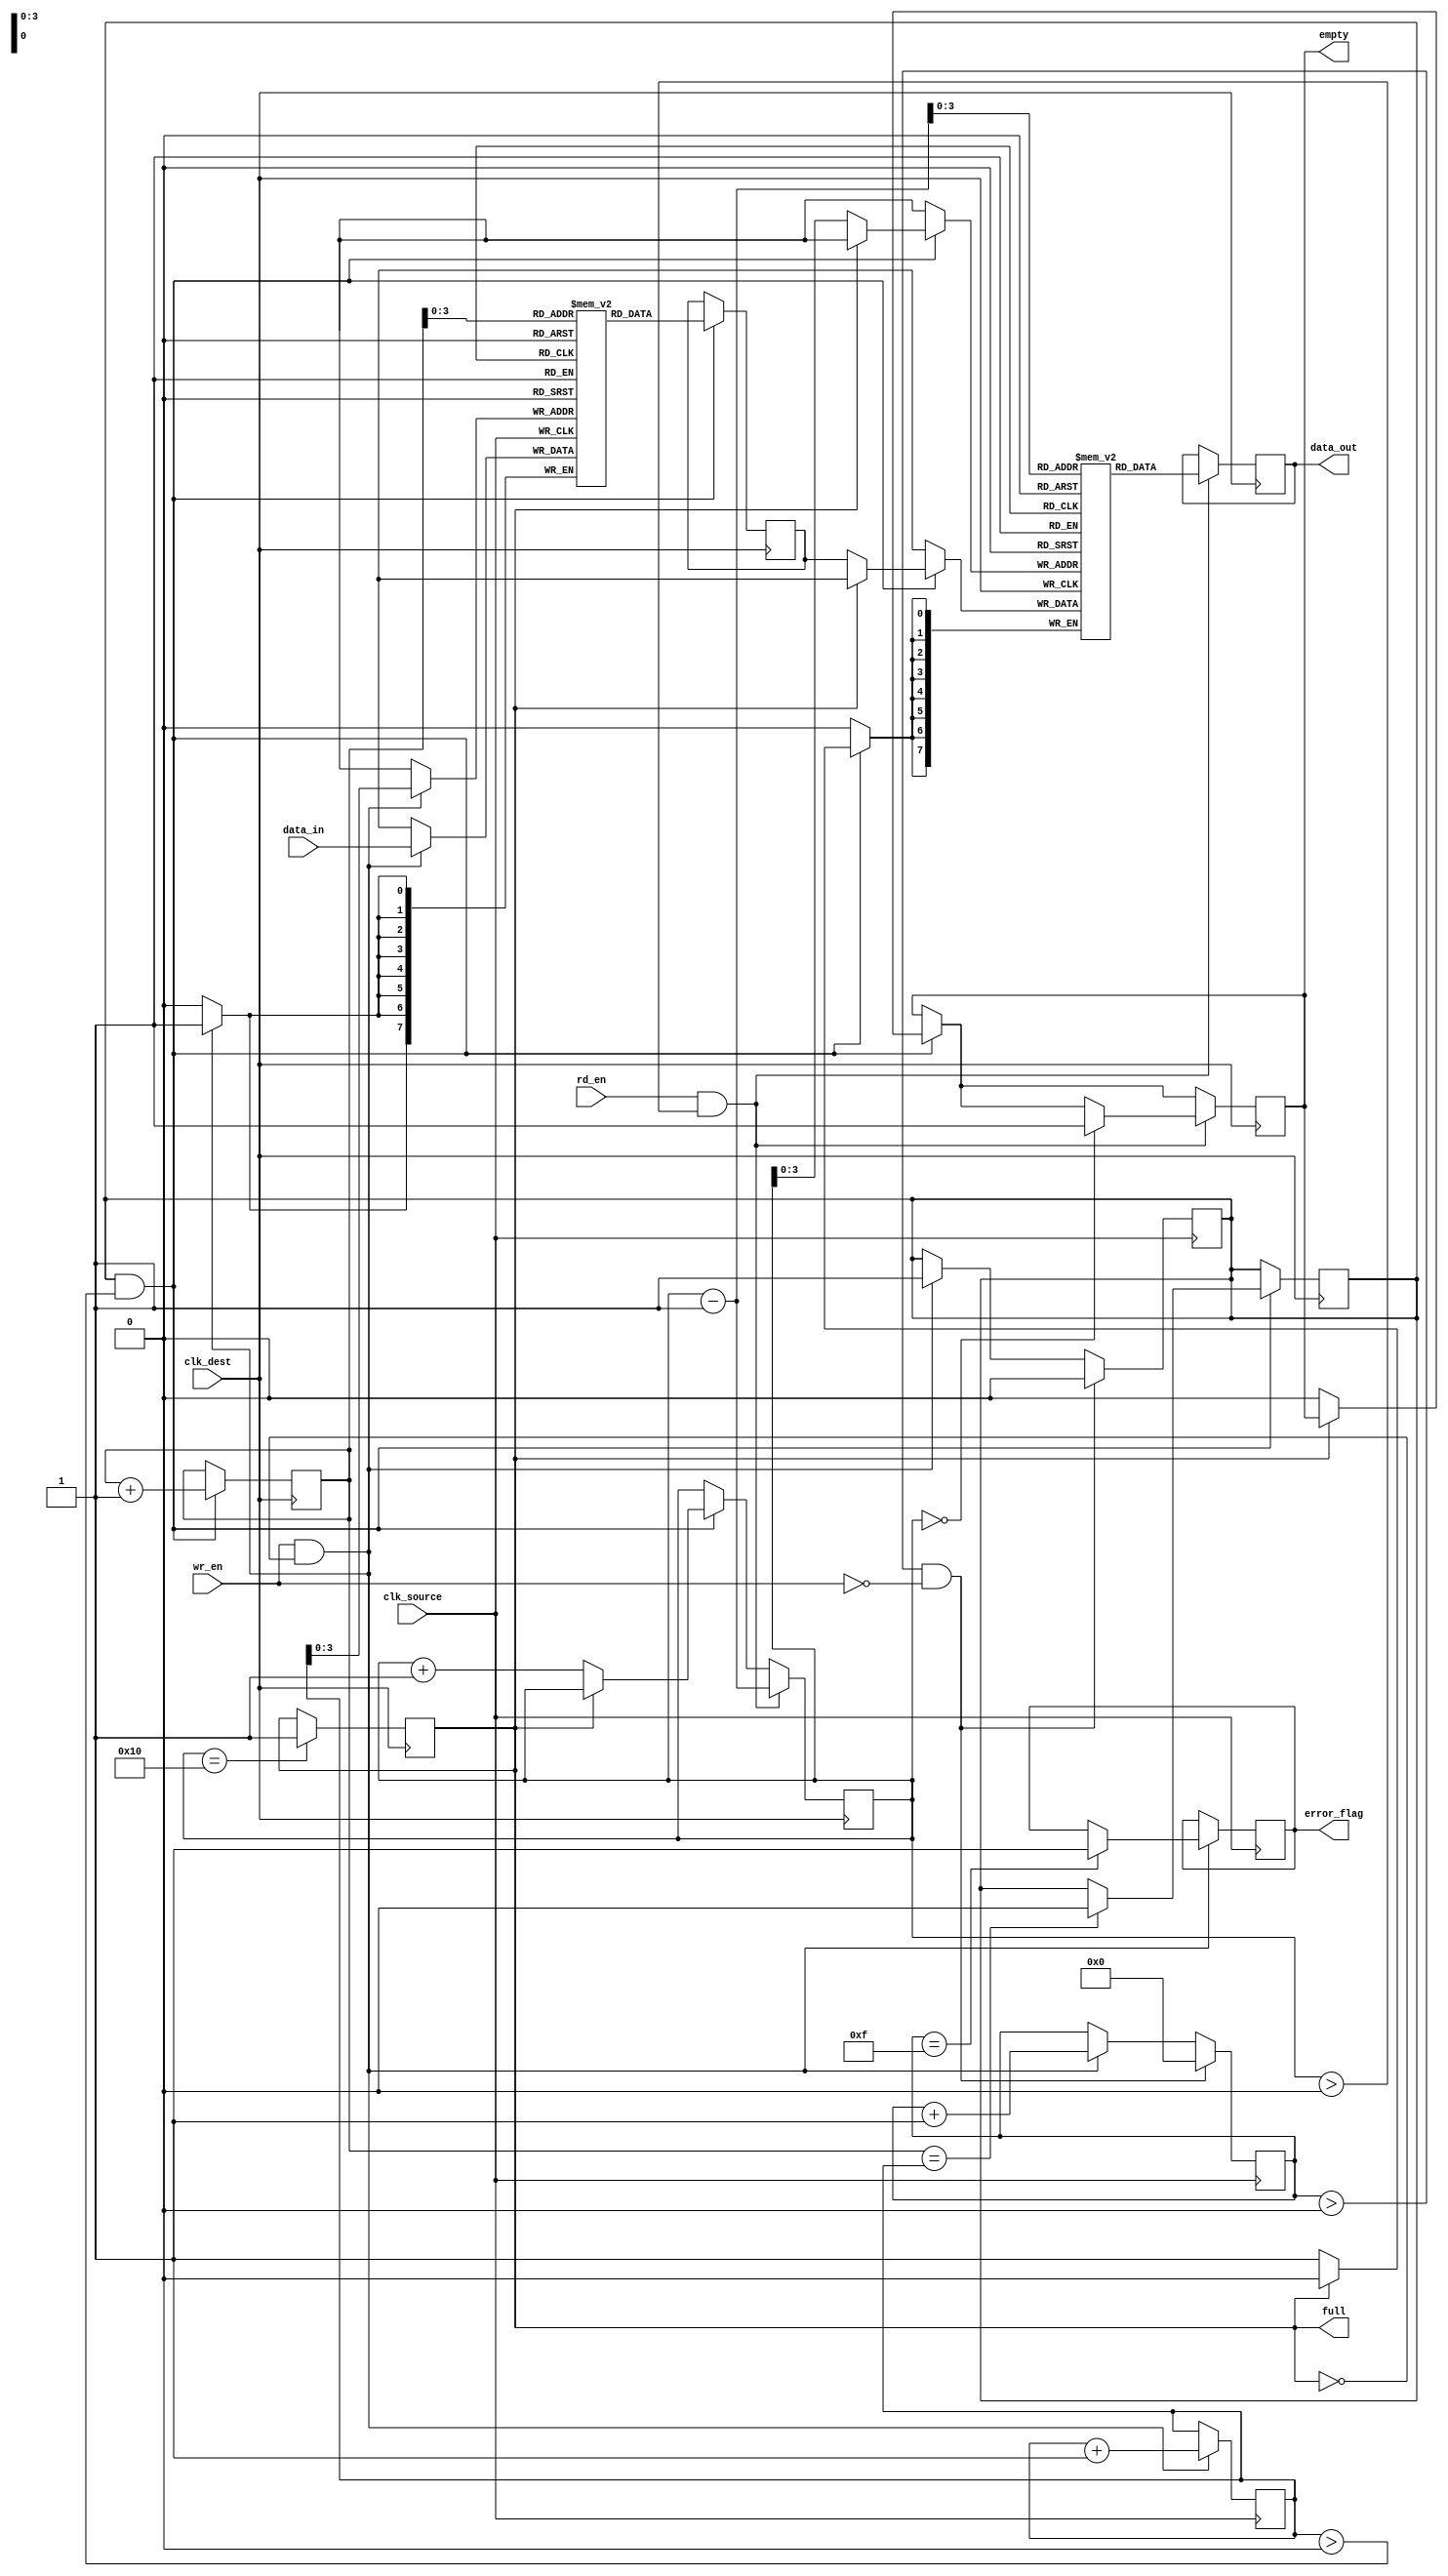
module burst_mode_synchronizer #(parameter DATA_WIDTH = 8,
                                  parameter FIFO_DEPTH = 16) (
    input wire clk_source,          // Clock for the source domain
    input wire clk_dest,            // Clock for the destination domain
    input wire [DATA_WIDTH-1:0] data_in,  // Data input
    input wire wr_en,               // Write enable for input FIFO
    input wire rd_en,               // Read enable for output FIFO
    output reg [DATA_WIDTH-1:0] data_out, // Data output
    output reg empty,               // Output FIFO empty flag
    output reg full,                // Output FIFO full flag
    output reg error_flag           // Error flag for detection
);

// Input FIFO
reg [DATA_WIDTH-1:0] input_fifo [0:FIFO_DEPTH-1];
reg [4:0] wr_ptr = 0; // Write pointer
reg [4:0] rd_ptr = 0; // Read pointer
reg burst_detected = 0; // Burst detection flag

// Burst counter
reg [3:0] burst_counter = 0;

// Read and Write operations for Input FIFO
always @(posedge clk_source) begin
    if (wr_en && !full) begin
        input_fifo[wr_ptr] <= data_in;
        wr_ptr <= wr_ptr + 1;
        if (!burst_detected) begin
            burst_counter <= 0;
            burst_detected <= 1; // Start of burst
        end
        burst_counter <= burst_counter + 1;
        if (burst_counter == FIFO_DEPTH-1) begin
            error_flag <= 1; // Error: burst overflow
        end
    end
    if (burst_counter > 0 && !wr_en) begin
        burst_detected <= 0; // End of burst
        burst_counter <= 0;
    end
end

// Output FIFO
reg [DATA_WIDTH-1:0] output_fifo [0:FIFO_DEPTH-1];
reg [4:0] out_wr_ptr = 0; // Output FIFO write pointer

// Data Synchronization Circuit (simple synchronizer)
reg [DATA_WIDTH-1:0] sync_data;

always @(posedge clk_dest) begin
    if (burst_detected && wr_ptr > 0) begin
        sync_data <= input_fifo[rd_ptr];
        rd_ptr <= rd_ptr + 1;
        if (rd_ptr == wr_ptr) begin
            burst_detected <= 0; // Reset burst detection
        end
        if (!full) begin
            output_fifo[out_wr_ptr] <= sync_data;
            out_wr_ptr <= out_wr_ptr + 1;
            empty <= 0;
        end
    end

    // Update empty/full flags
    if (out_wr_ptr == FIFO_DEPTH) begin
        full <= 1;    // Output FIFO is full
    end
    if (rd_en && out_wr_ptr > 0) begin
        data_out <= output_fifo[out_wr_ptr-1];
        out_wr_ptr <= out_wr_ptr - 1;
        if (out_wr_ptr == 0) begin
            empty <= 1; // Output FIFO is empty
        end
    end
end

endmodule